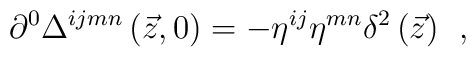
\partial ^0\Delta ^{ijmn}\left( \vec z,0\right) =-\eta^{ij}\eta ^{mn}\delta ^2\left( \vec z\right) \;\,,